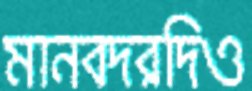
মানবদরদিও